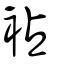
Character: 袩